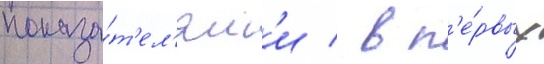
показа́т'ел'ям'и / в п'е́рвых